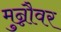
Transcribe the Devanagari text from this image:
मुन्नौवर